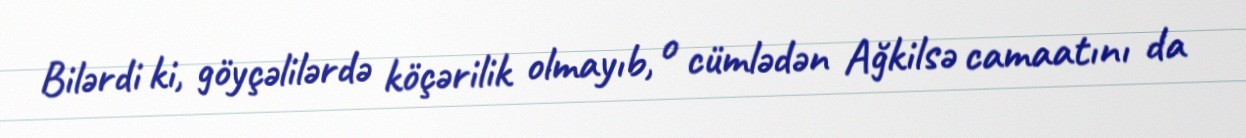
Bilərdi ki, göyçəlilərdə köçərilik olmayıb, o cümlədən Ağkilsə camaatını da